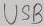
Text: USB